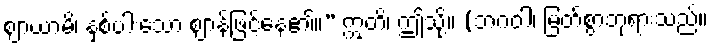
ဈာယာမိ၊ နှစ်ပါးသော ဈာန်ဖြင့်နေ၏။” ဣတိ၊ ဤသို့။ (ဘဂဝါ၊ မြတ်စွာဘုရားသည်။